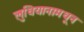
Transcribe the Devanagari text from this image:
लुधियानामधून